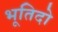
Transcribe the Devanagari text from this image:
भूतिदो